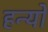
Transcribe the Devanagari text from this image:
हन्‍यो